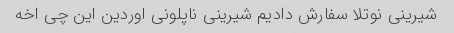
شیرینی نوتلا سفارش دادیم شیرینی ناپلونی اوردین این چی اخه